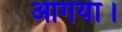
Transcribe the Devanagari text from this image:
आगया।